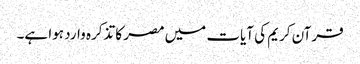
قرآن کریم کی آیات میں مصر کا تذکرہ وارد ہوا ہے۔